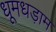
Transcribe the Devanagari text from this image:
धूमधड़ाम